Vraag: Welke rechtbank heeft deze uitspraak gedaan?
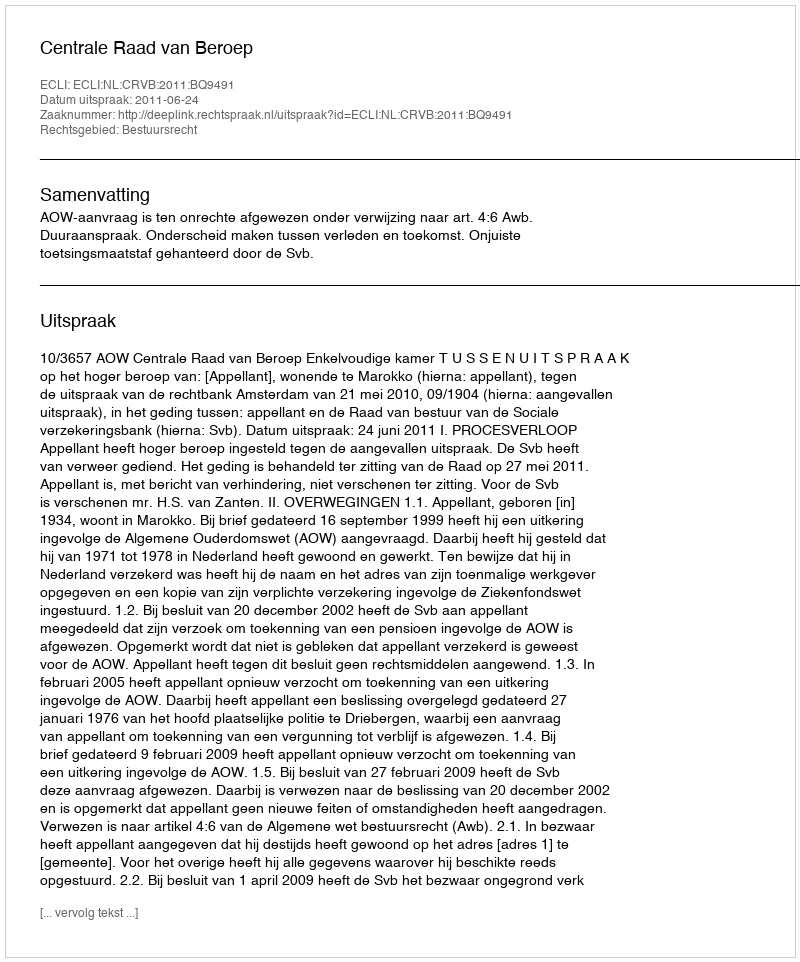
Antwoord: Centrale Raad van Beroep